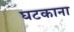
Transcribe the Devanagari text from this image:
घटकाना